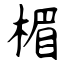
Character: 楣